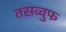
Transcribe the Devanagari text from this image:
तसव्‍वुफ